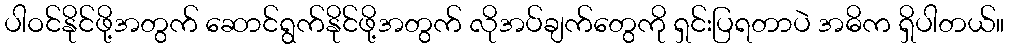
ပါဝင်နိုင်ဖို့အတွက် ဆောင်ရွက်နိုင်ဖို့အတွက် လိုအပ်ချက်တွေကို ရှင်းပြရတာပဲ အဓိက ရှိပါတယ်။